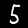
Label: 5